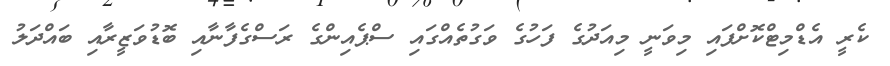
ކެރީ އެޑްމިޓްކޮށްފައި މިވަނީ މިއަދުގެ ފަހުގެ ވަގުތެއްގައި ސްޕެއިންގެ ރަސްގެފާނާއި ބޮޑުވަޒީރާއި ބައްދަލު